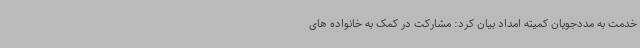
خدمت به مددجویان کمیته امداد بیان کرد: مشارکت در کمک به خانواده های